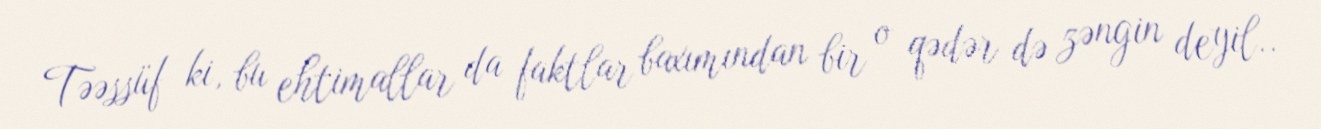
Təəssüf ki, bu ehtimallar da faktlar baxımından bir o qədər də zəngin deyil..